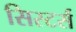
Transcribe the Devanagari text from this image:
सिस्टर्स